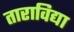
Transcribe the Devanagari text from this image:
ताराविद्या